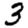
Digit: 3